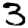
Digit: 3